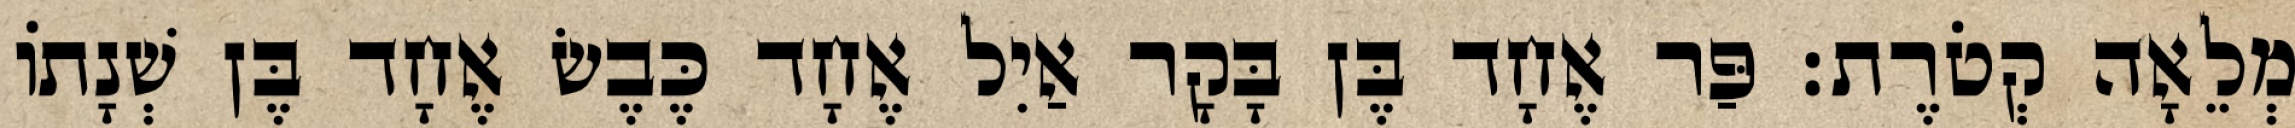
מְלֵאָה קְטֹרֶת׃ פַּר אֶחָד בֶּן בָּקָר אַיִל אֶחָד כֶּבֶשׂ אֶחָד בֶּן שְׁנָתוֹ